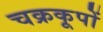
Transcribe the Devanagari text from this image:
चक्रकूपों